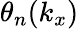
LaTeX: \theta_{n}(k_{x})